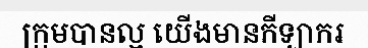
ក្រុមបានល្អ យើងមានកីឡាករ